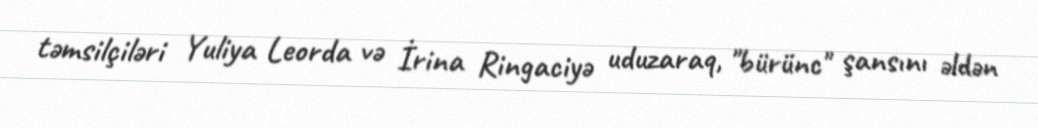
təmsilçiləri Yuliya Leorda və İrina Ringaciyə uduzaraq, "bürünc" şansını əldən